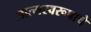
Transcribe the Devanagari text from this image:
आत्मस्वरूपाचे